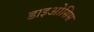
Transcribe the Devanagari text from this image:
डाइओसिस